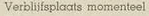
Verblijfsplaats momenteel